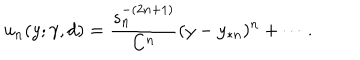
u _ { n } ( y ; \gamma , d ) = \frac { s _ { n } ^ { - ( 2 n + 1 ) } } { C ^ { n } } ( y - y _ { * n } ) ^ { n } + \cdots .